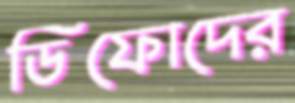
ডিফোদের